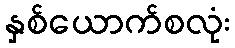
နှစ်ယောက်စလုံး